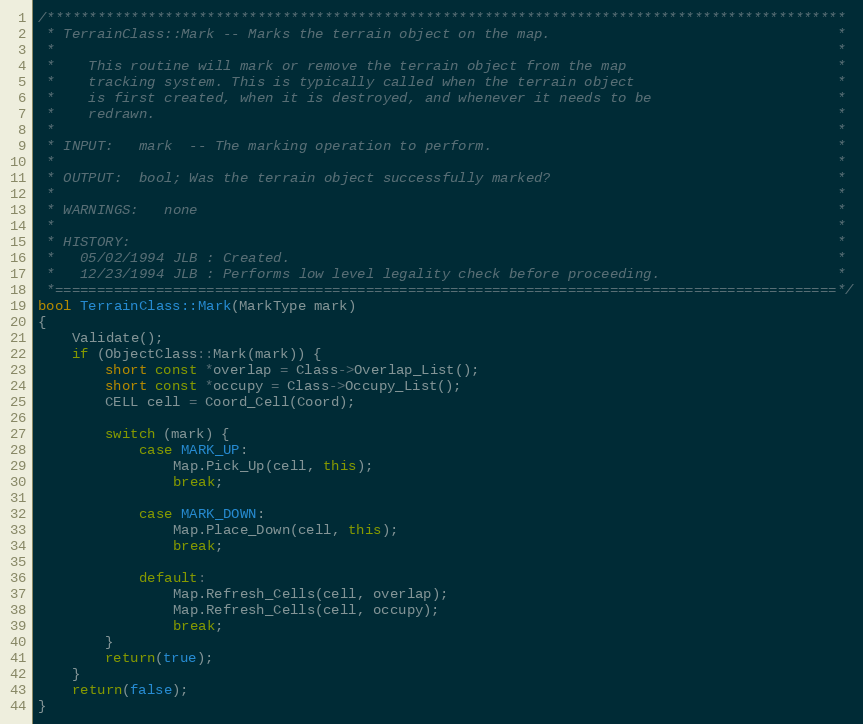
Language: C++
/***********************************************************************************************
 * TerrainClass::Mark -- Marks the terrain object on the map.                                  *
 *                                                                                             *
 *    This routine will mark or remove the terrain object from the map                         *
 *    tracking system. This is typically called when the terrain object                        *
 *    is first created, when it is destroyed, and whenever it needs to be                      *
 *    redrawn.                                                                                 *
 *                                                                                             *
 * INPUT:   mark  -- The marking operation to perform.                                         *
 *                                                                                             *
 * OUTPUT:  bool; Was the terrain object successfully marked?                                  *
 *                                                                                             *
 * WARNINGS:   none                                                                            *
 *                                                                                             *
 * HISTORY:                                                                                    *
 *   05/02/1994 JLB : Created.                                                                 *
 *   12/23/1994 JLB : Performs low level legality check before proceeding.                     *
 *=============================================================================================*/
bool TerrainClass::Mark(MarkType mark)
{
	Validate();
	if (ObjectClass::Mark(mark)) {
		short const *overlap = Class->Overlap_List();
		short const *occupy = Class->Occupy_List();
		CELL cell = Coord_Cell(Coord);

		switch (mark) {
			case MARK_UP:
				Map.Pick_Up(cell, this);
				break;

			case MARK_DOWN:
				Map.Place_Down(cell, this);
				break;

			default:
				Map.Refresh_Cells(cell, overlap);
				Map.Refresh_Cells(cell, occupy);
				break;
		}
		return(true);
	}
	return(false);
}